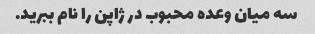
سه میان وعده محبوب در ژاپن را نام ببرید.